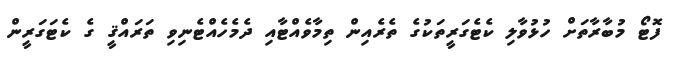
ފޮޓޯ މުބާރާތަށް ހުޅުވާލި ކެޓެގަރީތަކުގެ ތެރެއިން ތިމާވެއްޓާއި ދެމެހެއްޓެނިވި ތަރައްޤީ ގެ ކެޓަގަރީން